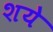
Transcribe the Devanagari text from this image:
शये